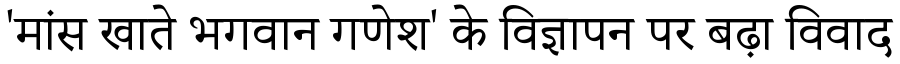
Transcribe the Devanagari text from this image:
'मांस खाते भगवान गणेश' के विज्ञापन पर बढ़ा विवाद